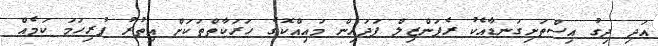
އަދި ދިގު އިސްތަށިގަނޑާއެކު ރެޕަންޒިލް ފަދައިން މައިއްކޮގެ ހަރަކާތްތަކަށް އިތުރު ފުރިހަމަ ކަމެއް